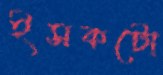
ইসকটো